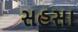
સહસા